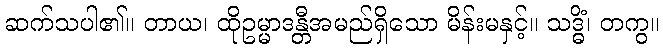
ဆက်သပါ၏။ တာယ၊ ထိုဥမ္မာဒန္တီအမည်ရှိသော မိန်းမနှင့်။ သဒ္ဓိံ၊ တကွ။